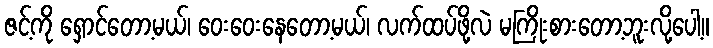
ဇင့်ကို ရှောင်တော့မယ်၊ ဝေးဝေးနေတော့မယ်၊ လက်ထပ်ဖို့လဲ မကြိုးစားတော့ဘူးလို့ပေါ့။